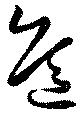
危